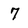
Character: 7